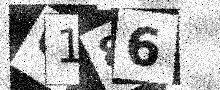
Text: Q186